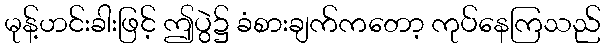
မုန့်ဟင်းခါးဖြင့် ဤပွဲ၌ ခံစားချက်ကတော့ ကုပ်နေကြသည်